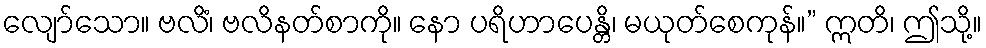
လျော်သော။ ဗလိံ၊ ဗလိနတ်စာကို။ နော ပရိဟာပေန္တိ၊ မယုတ်စေကုန်။” ဣတိ၊ ဤသို့။